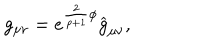
g _ { \mu \nu } = e ^ { \frac { 2 } { p + 1 } \phi } \widehat { g } _ { \mu \nu } ,